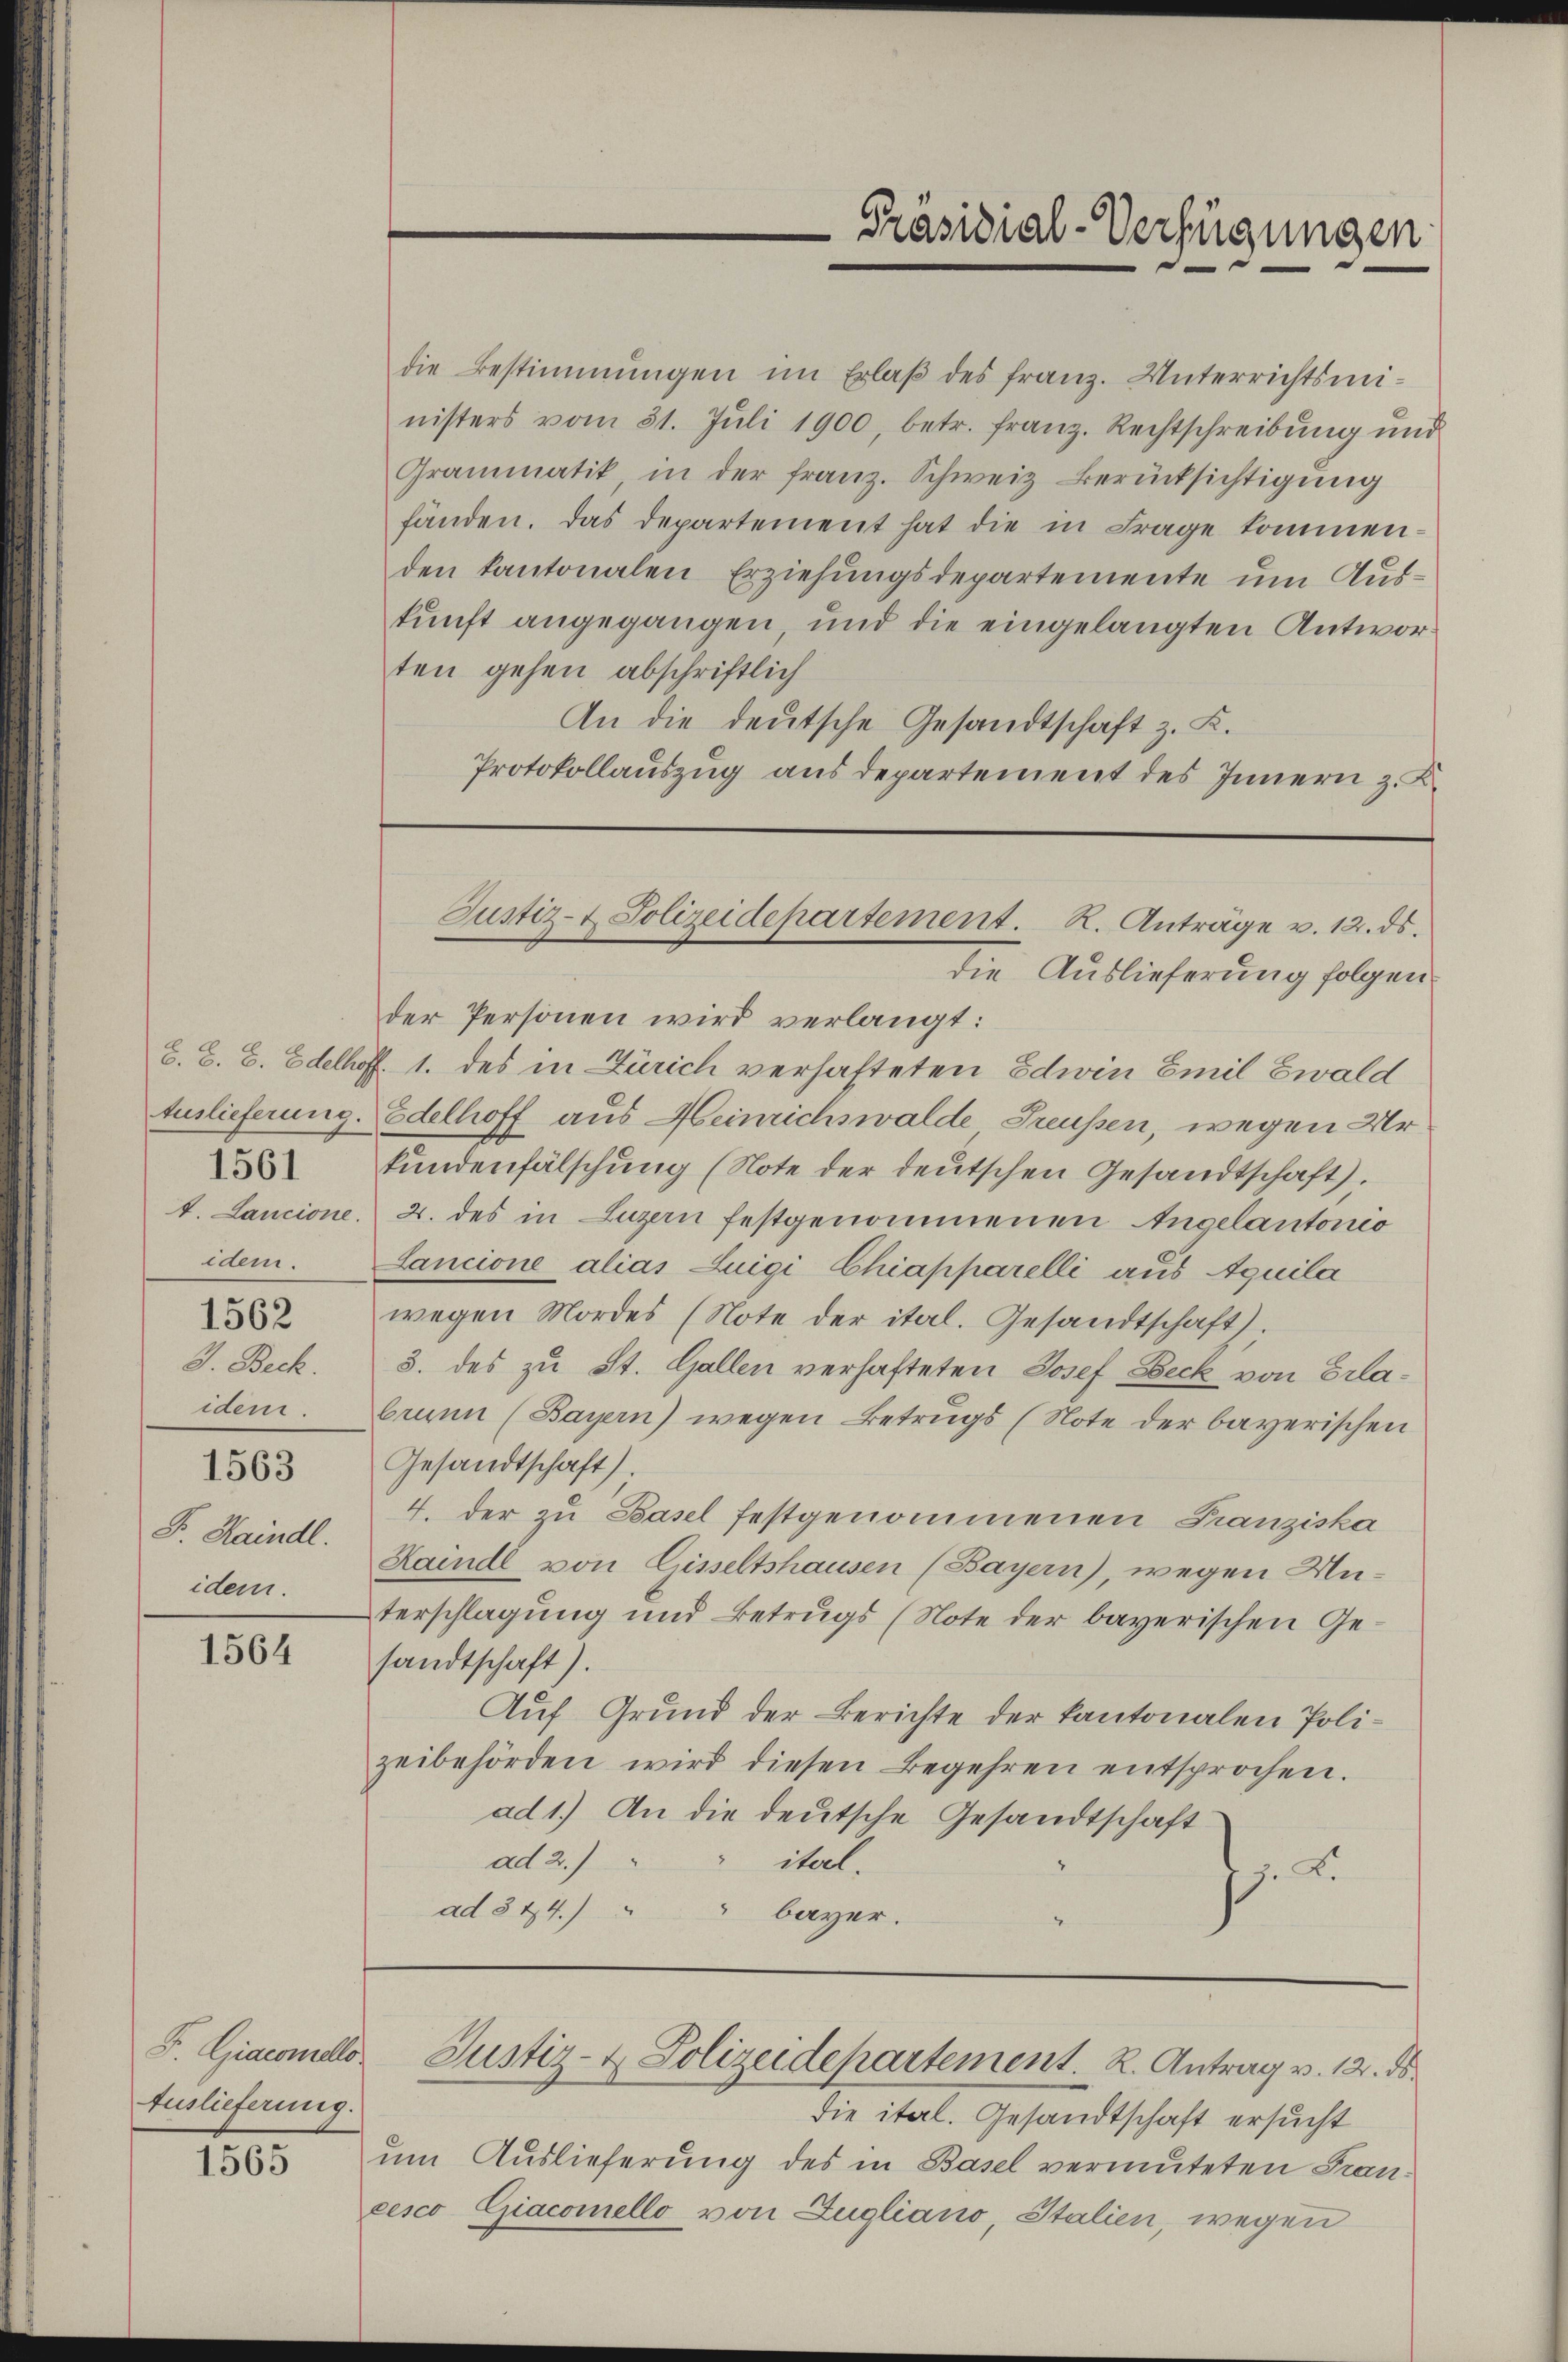
F. Haindl.

1564

F. Giaconello
Auslieferung.

1565

die Bestimmungen im Erlaß des Franz. Unterrichtsministers vom 31. Juli 1900, betr. franz. Rechtschreibung und
Grammatik, in der franz. Schweiz Berücksichtigung
fänden. Das departement hat die in Frage kommenden kantonalen Erziehungsdepartemente um Auskunft angegangen, und die eingelangten Antworten gehen abschriftlich
An die deutsche Gesandtschaft z. K.
Protokollauszug aus departement des Innern z. K.

der Personen wird verlangt:
B. B. C. Edelhoff. 1. des in Zürich verhafteten Edwin Emil Ewald
Auslieferung. Edelhoff aus Heinrichswalde Treussen, wegen Ur
kundenfälschung (Note der deutschen Gesandtschaft).
t. Lancione, 2. des in Luzern festgenommenen Angelantonio
idem. Lancione alias Luigi Chiapparelli aus Aquila
82 wegen Mordes (Note der ital. Gesandtschaft).
J. Beck. 3. des zu St. Gallen verhafteten Josef Beck von Erlaidem. brunn (Bayern) wegen Betrugs (Note der bayerischen
1383 Gesandtschaft).
4. der zu Basel festgenommenen Franziska
Haindl von Gisseltshausen (Bayern), wegen Unidem erschlagung und Betrugs (Note der bayerischen Ge-
sandtschaft).
Auf Grund der Berichte der kantonalen Polizeibehörden wird diesen Begehren entsprochen.
ad 1.) An die deutsche Gesandtschaft
ad 2.)
ihel.
.2.
ad § 44.) " " bayer.

die ital. Gesandtschaft ersucht
um Auslieferung des in Basel vermuteten Francesco Giaconello von Zugliano, Italien, wegen

Präsidial-Verfügungen

Justiz- & Polizeidepartement. R. Anträge v. 12. ds.
die Auslieferung folgen

Justiz- & Polizeidepartement. R. Antrag v. 12. ds.